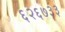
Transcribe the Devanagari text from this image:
६२६७३३